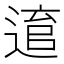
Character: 𨕕